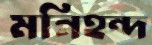
মনিহন্দ